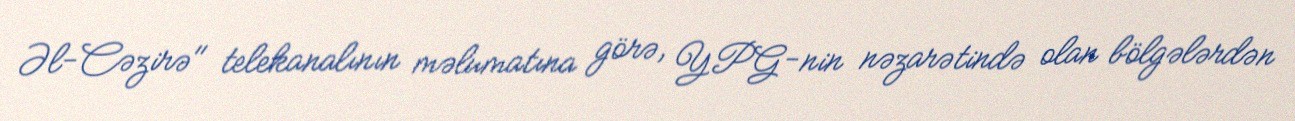
Əl-Cəzirə" telekanalının məlumatına görə, YPG-nin nəzarətində olan bölgələrdən